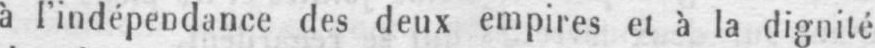
à l’indépendance des deux empires et à la dignité